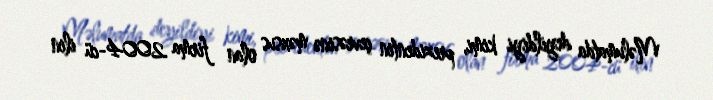
Məlumatda deyildiyi kimi, prezidentin çevrəsinə məxsus olan firma 2004-cü ilin